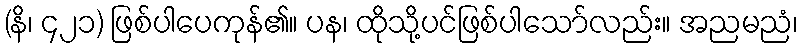
(နိ၊ ၄၂၁) ဖြစ်ပါပေကုန်၏။ ပန၊ ထိုသို့ပင်ဖြစ်ပါသော်လည်း။ အညမညံ၊